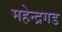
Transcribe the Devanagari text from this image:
महेन्द्रगड